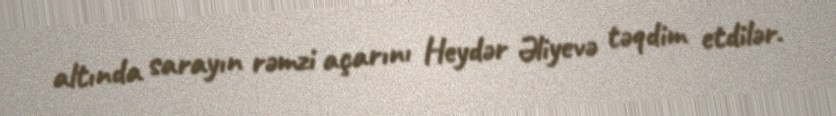
altında sarayın rəmzi açarını Heydər Əliyevə təqdim etdilər.